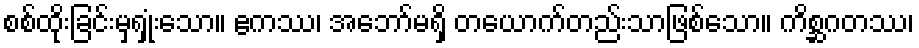
စစ်ထိုးခြင်းမှရှုံးသော။ ဧကဿ၊ အဘော်မရှိ တယောက်တည်းသာဖြစ်သော။ ကိစ္ဆဂတဿ၊